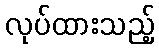
လုပ်ထားသည့်